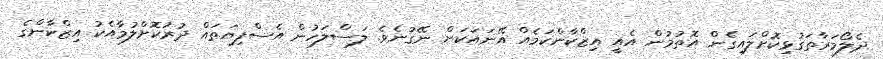
ދެލޯމަރާތަގުޅިކޮށްލައިގެން އޮތުމުން އެއީ އިޒްކާންކަމެއް އޭނައަކަށް ނޭގުނެވެ. ލަސްލަހުން އެސްފިޔަތައް ދުރުކޮށްލުމާއެކު އިޒްކާންގެ